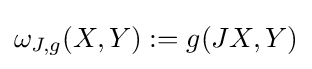
\omega _{J,g}(X,Y):=g(JX,Y)